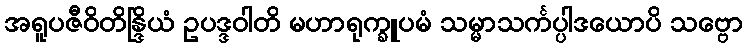
အရူပဇီဝိတိန္ဒြိယံ ဥပဒ္ဒဝါတိ မဟာရုက္ခူပမံ သမ္မာသင်္ကပ္ပါဒယောပိ သဗ္ဗော